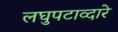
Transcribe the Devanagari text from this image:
लघुपटाव्दारे